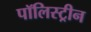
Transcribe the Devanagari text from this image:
पॉलिस्ट्रीन